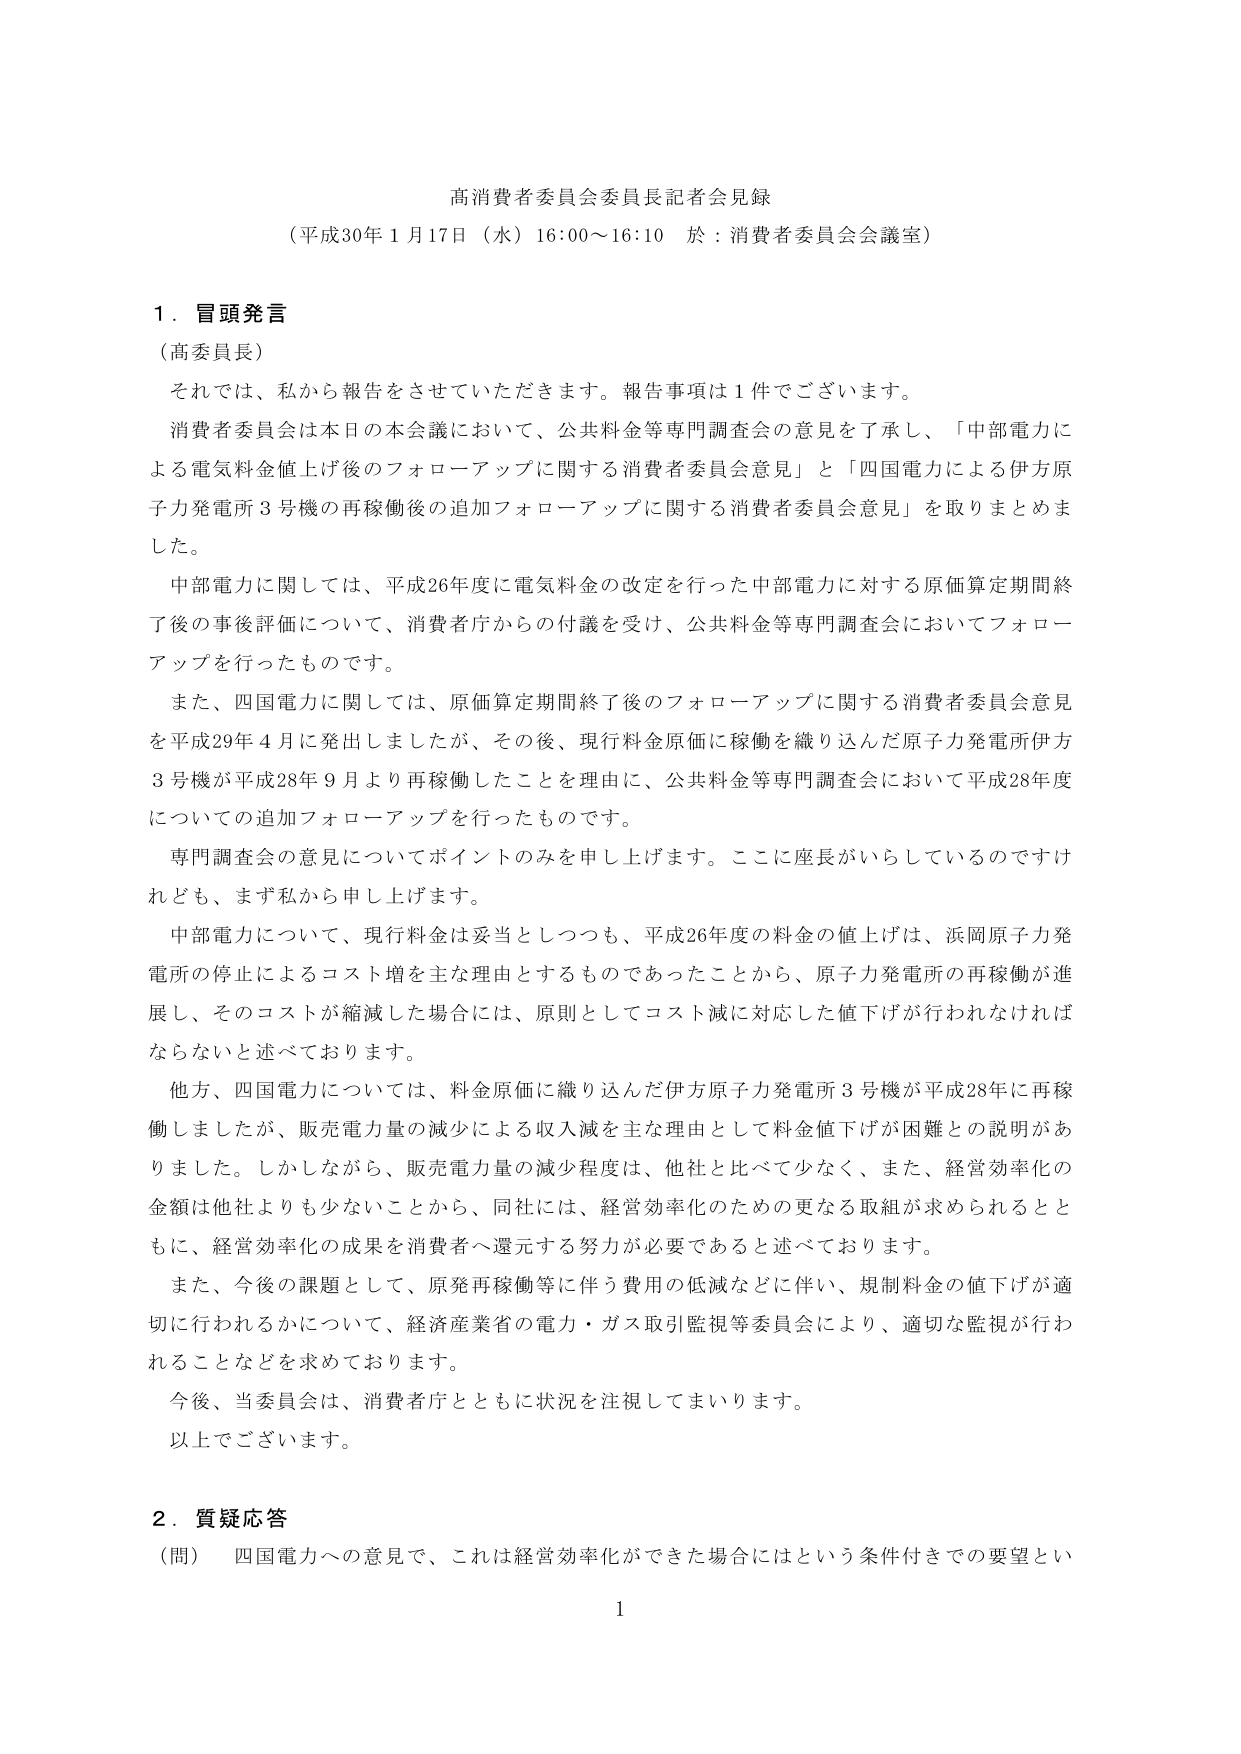
高消費者委員会委員長記者会見録
（平成30年1月17日（水）16:00～16:10 於：消費者委員会会議室）

1．冒頭発言
（高委員長）
それでは、私から報告をさせていただきます。報告事項は1件でございます。
消費者委員会は本日の本会議において、公共料金等専門調査会の意見を了承し、「中部電力による電気料金値上げ後のフォローアップに関する消費者委員会意見」と「四国電力による伊方原子力発電所3号機の再稼働後の追加フォローアップに関する消費者委員会意見」を取りまとめました。
中部電力に関しては、平成26年度に電気料金の改定を行った中部電力に対する原価算定期間終了後の事後評価について、消費者庁からの付議を受け、公共料金等専門調査会においてフォローアップを行ったものです。
また、四国電力に関しては、原価算定期間終了後のフォローアップに関する消費者委員会意見を平成29年4月に発出しましたが、その後、現行料金原価に稼働を織り込んだ原子力発電所伊方3号機が平成28年9月より再稼働したことを理由に、公共料金等専門調査会において平成28年度についての追加フォローアップを行ったものです。
専門調査会の意見についてポイントのみを申し上げます。ここに座長がいらっしゃるのですけれども、まず私から申し上げます。
中部電力について、現行料金は妥当としつつも、平成26年度の料金の値上げは、浜岡原子力発電所の停止によるコスト増を主な理由とするものであったことから、原子力発電所の再稼働が進展し、そのコストが縮減した場合には、原則としてコスト減に対応した値下げが行われなければならないと述べております。
他方、四国電力については、料金原価に織り込んだ伊方原子力発電所3号機が平成28年に再稼働しましたが、販売電力量の減少による収入減を主な理由として料金値下げが困難との説明がありました。しかしながら、販売電力量の減少程度は、他社と比べて少なく、また、経営効率化の金額は他社よりも少ないことから、同社には、経営効率化のための更なる取組が求められるとともに、経営効率化の成果を消費者へ還元する努力が必要であると述べております。
また、今後の課題として、原発再稼働等に伴う費用の低減などに伴い、規制料金の値下げが適切に行われるかについて、経済産業省の電力・ガス取引監視等委員会により、適切な監視が行われることなどを求めております。
今後、当委員会は、消費者庁とともに状況を注視してまいります。
以上でございます。

2．質疑応答
（問） 四国電力への意見で、これは経営効率化ができた場合にはという条件付きでの要望とい

1